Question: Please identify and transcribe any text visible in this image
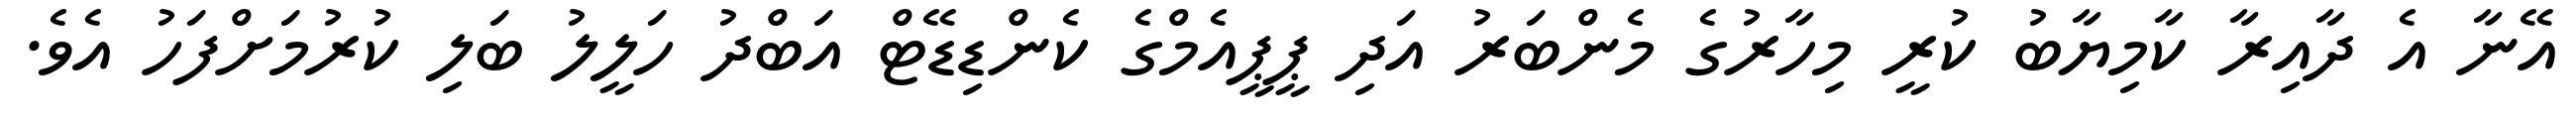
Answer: އޭނާ އެ ދާއިރާ ކާމިޔާބު ކުރީ މިހާރުގެ މެންބަރު އަދި ޕީޕީއެމްގެ ކެންޑިޑޭޓް އަބްދު ހަލީލު ބަލި ކުރުމަށްފަހު އެވެ.